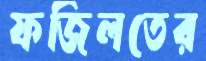
ফজিলতের